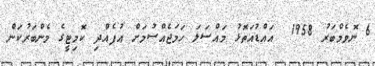
6 ނޮވެމްބަރު 1958  އައްޑުއަތޮޅު މައްސަލަ ހަމަޖެއްސުމަށް އުފެއްދި ކޮމިޓީގެ މެންބަރުކަން